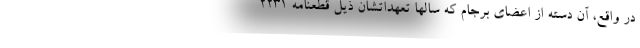
در واقع، آن دسته از اعضای برجام که سالها تعهداتشان ذیل قطعنامه ۲۲۳۱